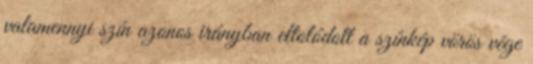
valamennyi szín azonos irányban eltolódott a színkép vörös vége